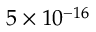
5 \times 1 0 ^ { - 1 6 }